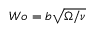
W o = b \sqrt { \Omega / \nu }